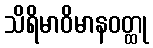
သိရိမာဝိမာနဝတ္ထု